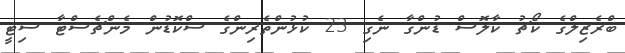
ބްރެޒިލްގެ ކޯޗު ކާލޮސް ޑުންގާ ނެގި 23 ކުޅުންތެރިންގެ ސްކޮޑުން މެންޗެސްޓާ ސިޓީ